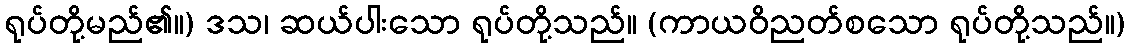
ရုပ်တို့မည်၏။) ဒသ၊ ဆယ်ပါးသော ရုပ်တို့သည်။ (ကာယဝိညတ်စသော ရုပ်တို့သည်။)